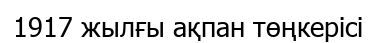
1917 жылғы ақпан төңкерісі